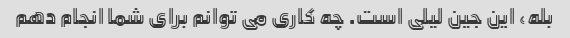
بله، این جین لیلی است. چه کاری می توانم برای شما انجام دهم